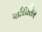
પાસિસિર